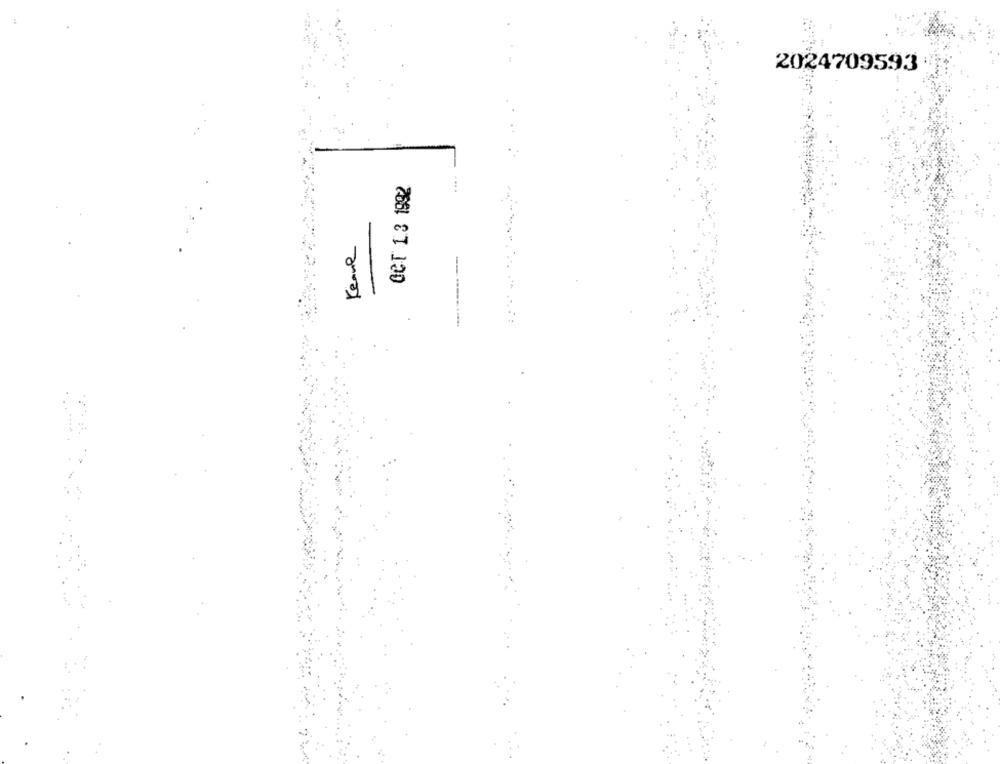
2024709593
OCT 1.3 1992
Kenne